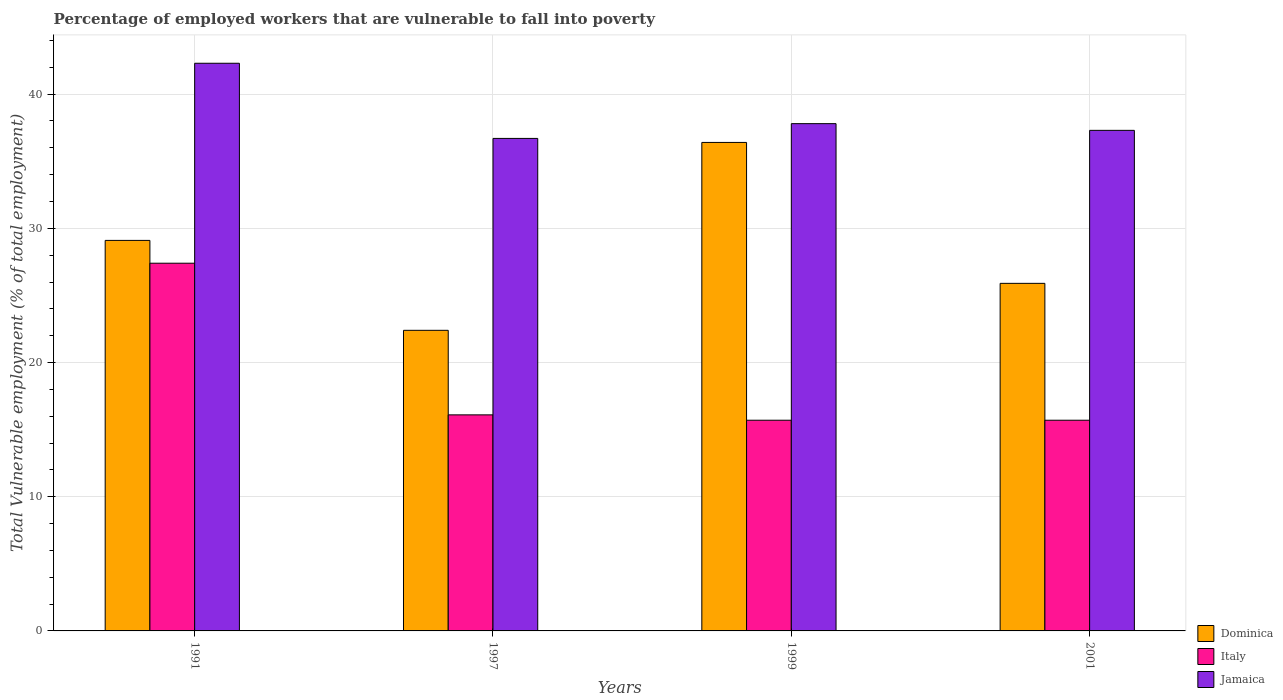
| Years | Dominica | Italy | Jamaica |
 | --- | --- | --- | --- |
 | 1991 | 29.1 | 27.4 | 42.3 |
 | 1997 | 22.4 | 16.1 | 36.7 |
 | 1999 | 36.4 | 15.7 | 37.8 |
 | 2001 | 25.9 | 15.7 | 37.3 |